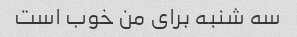
سه شنبه برای من خوب است